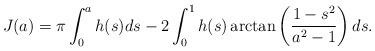
LaTeX: \begin{align*}J(a)=\pi\int_0^ah(s)ds - 2\int_0^1h(s)\arctan\left(\frac{1-s^2}{a^2-1}\right)ds.\end{align*}